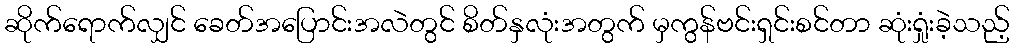
ဆိုက်ရောက်လျှင် ခေတ်အပြောင်းအလဲတွင် စိတ်နှလုံးအတွက် မှကွန်ဗင်းရှင်းစင်တာ ဆုံးရှုံးခဲ့သည့်